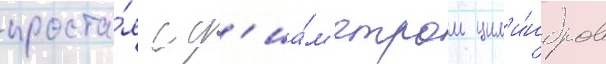
проста́я с д'иа́м'етром цил'и́ндров